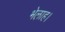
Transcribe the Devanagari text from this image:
भेलाह।